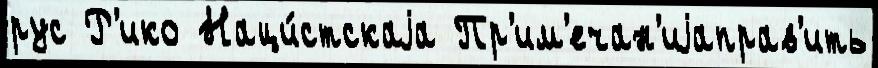
рус Р'ико Наци́стскаjа Пр'им'ечан'иjаправ'ить